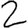
Digit: 2